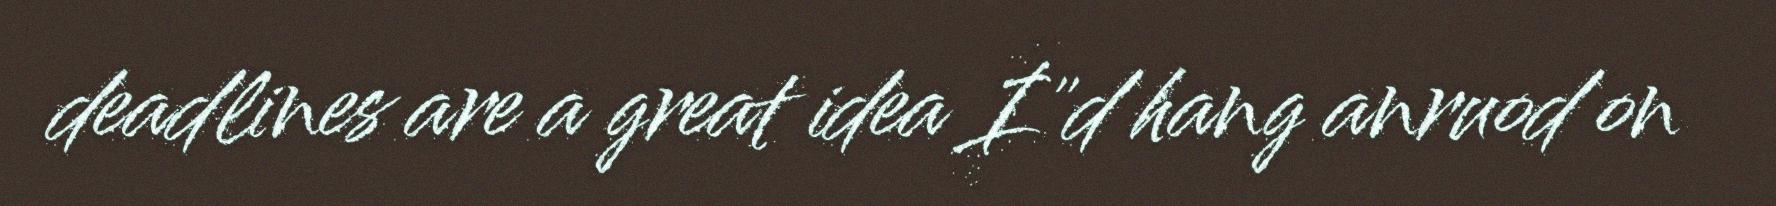
deadlines are a great idea I"d hang anruod on